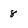
Character: 8